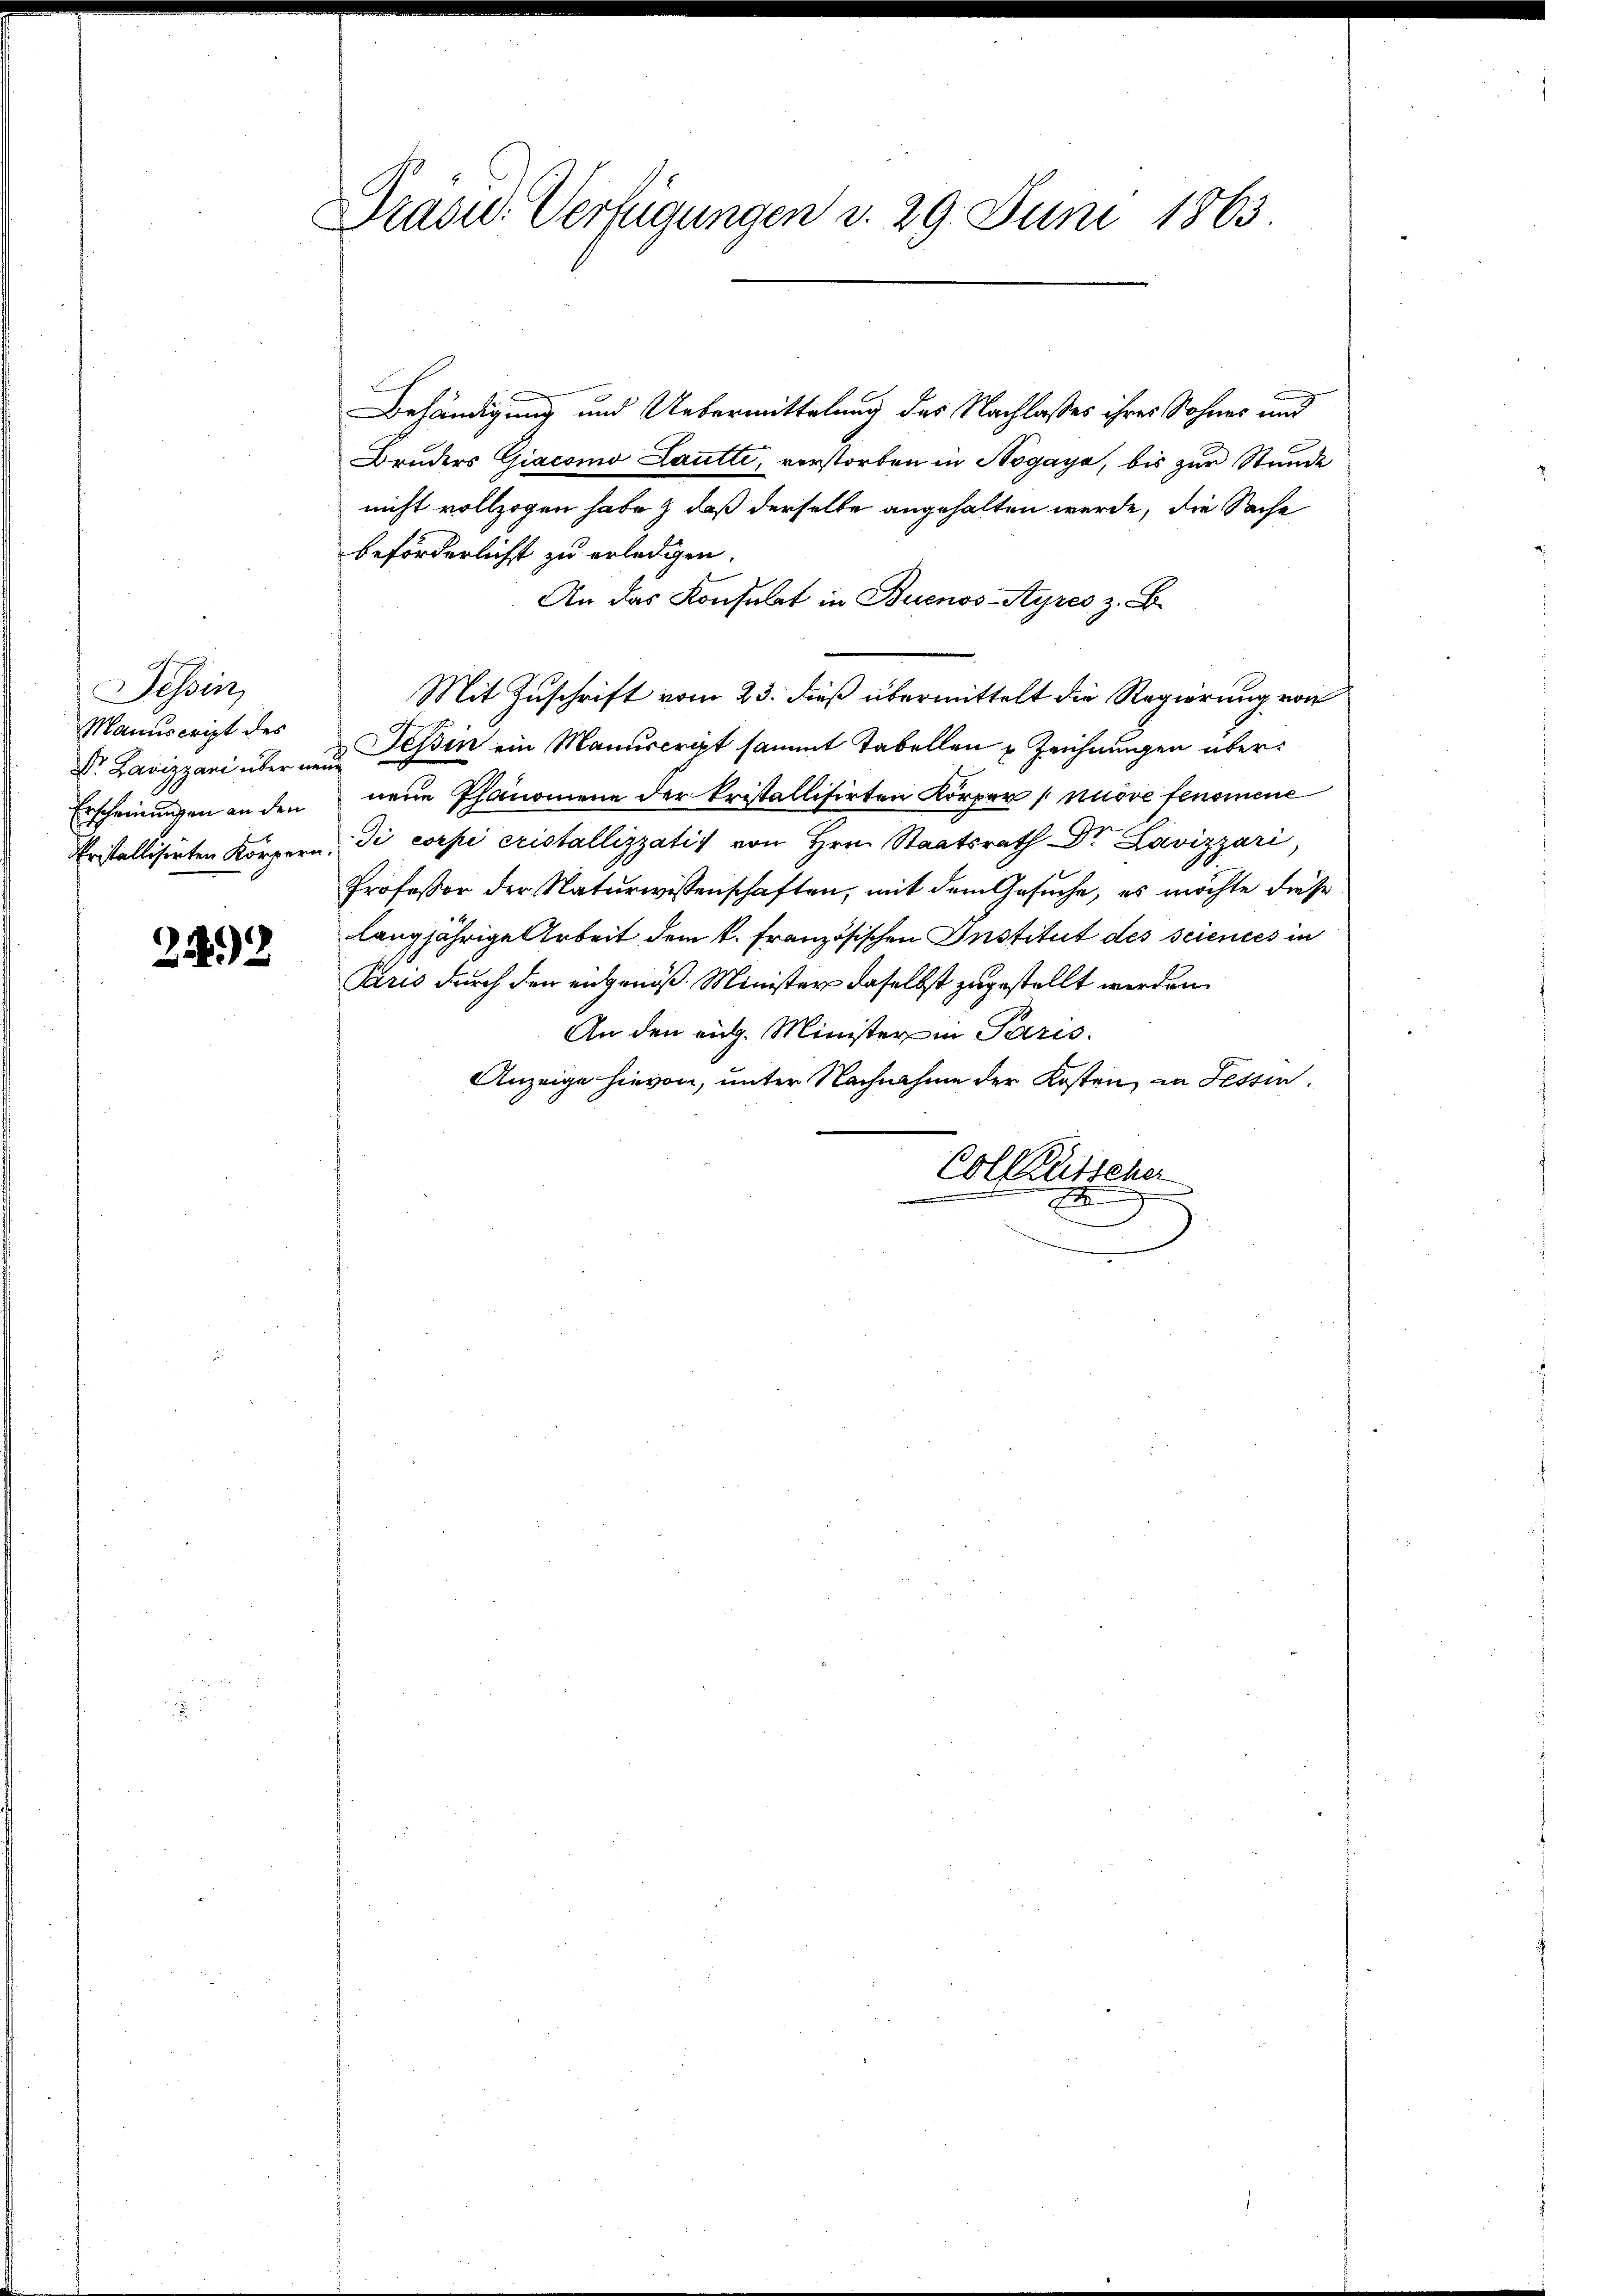
Tessin,
Manuscript des
Erscheinungen an den

242

Präsid. Verfügungen d. 29. Juni 1863.

Behändigung und Uebermittelung des Nachlasses ihres Sohnes und
Bruders Giacomo Lautti, verstorben in Högaya, bis zur Stunde
nicht vollzogen habe & daß derselbe angehalten werde, die Sache
beförderlicht zu erledigen.
An das Konsulat in Buenos-Ayres z. B.
Mit Zuschrift vom 23. dieß übermittelt die Regierung von
Dr. Lavizzari über und Tessin ein Manuscript sammt Tabellen u Zeichnungen überneue Phänomene der kristallisirten Körper [nuove fenomene
Fristallisirten Körpern, di corpi cristallizzatis von Hrn. Staatsrath Dr. Lavizzari
Professor der Naturwissenschaften, mit dem Gesuche, es möchte diese
langjährige Arbeit dem k. Französischen Institut des sciences in
Paris durch den eidgenöß. Minister daselbst zugestellt werden.
An den eidg. Minister in Paris.
Anzeige hievon, unter Nachnahme der Kosten, in Tessin.
Collausscher
A